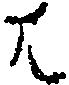
は